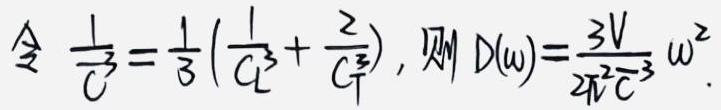
令 $\frac{1}{C^3}=\frac{1}{3}\left(\frac{1}{C_L^3}+\frac{2}{C_T^3}\right)$，则 $D(\omega)=\frac{3V}{2\pi^2C^3}\omega^2$.